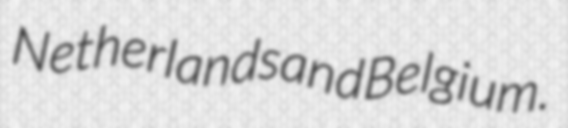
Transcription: Netherlands and Belgium.